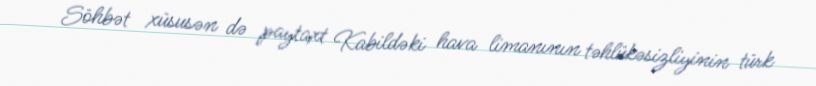
Söhbət xüsusən də paytaxt Kabildəki hava limanının təhlükəsizliyinin türk